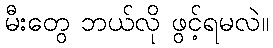
မီးတွေ ဘယ်လို ဖွင့်ရမလဲ။